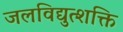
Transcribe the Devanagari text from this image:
जलविद्युत्शक्ति